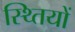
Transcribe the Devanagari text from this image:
स्थ्तियों